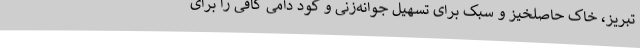
تبریز، خاک حاصلخیز و سبک برای تسهیل جوانه‌زنی و کود دامی کافی را برای